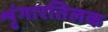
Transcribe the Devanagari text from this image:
शृंगारतिलक